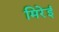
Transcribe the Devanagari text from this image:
मिरेई